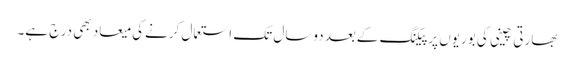
بھارتی چینی کی بوریوں پرپیکنگ کےبعد دوسال تک استعمال کرنےکی میعاد بھی درج ہے۔